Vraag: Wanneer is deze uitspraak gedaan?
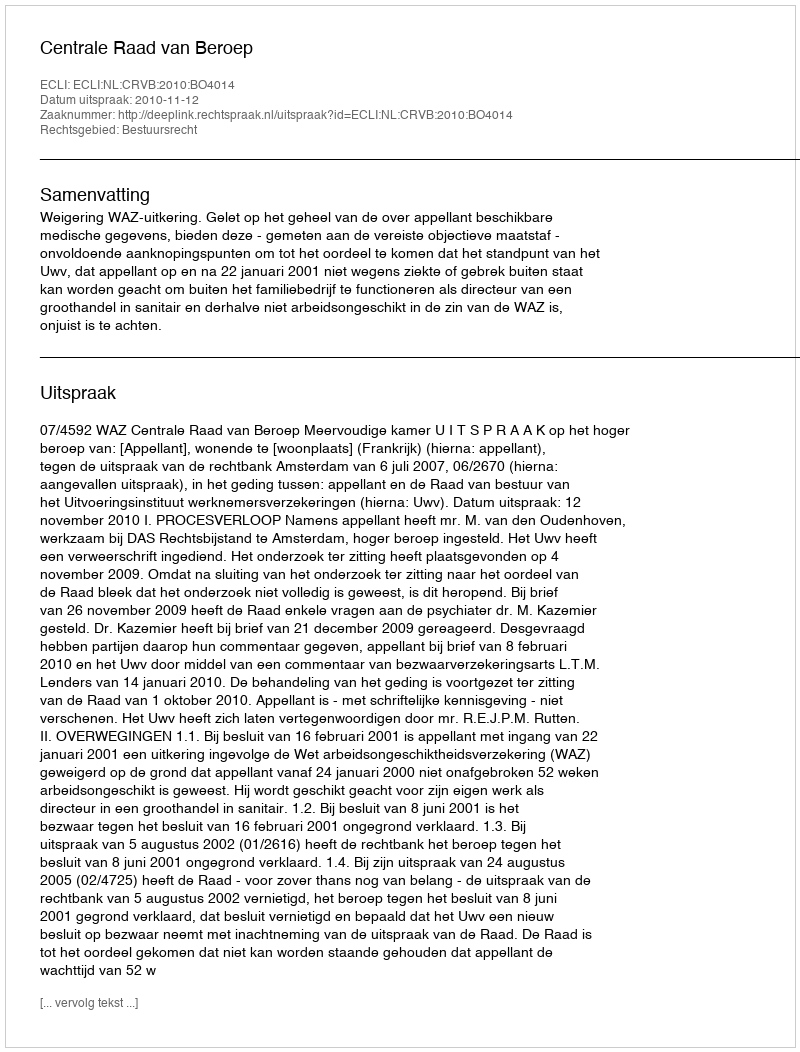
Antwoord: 2010-11-12